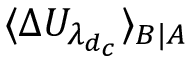
\langle \Delta U _ { \lambda _ { d _ { c } } } \rangle _ { B | A }